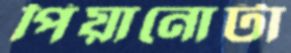
পিয়ানোটা